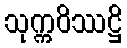
သုက္ကဝိဿဋ္ဌိ